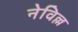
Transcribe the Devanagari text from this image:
नेविल्ल